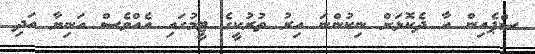
ސްޕެއިން އާ ދެކޮޅަށް ނިކުންނަ އިރު ތުރުކީގެ ޓީމުގައި އެއްވެސް އަނިޔާ އަދި